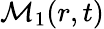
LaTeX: \mathcal{M}_{1}(r,t)